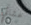
عشائي